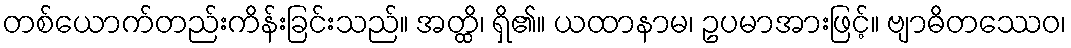
တစ်ယောက်တည်းကိန်းခြင်းသည်။ အတ္ထိ၊ ရှိ၏။ ယထာနာမ၊ ဥပမာအားဖြင့်။ ဗျာဓိတဿေဝ၊